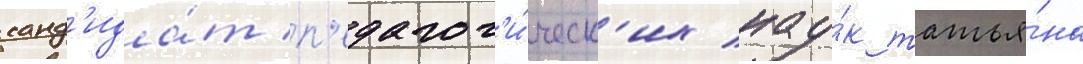
канд'ида́т п'едагог'и́ческ'их нау́к татья́на